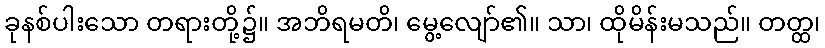
ခုနစ်ပါးသော တရားတို့၌။ အဘိရမတိ၊ မွေ့လျော်၏။ သာ၊ ထိုမိန်းမသည်။ တတ္ထ၊